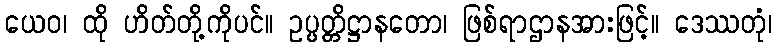
ယေဝ၊ ထို ဟိတ်တို့ကိုပင်။ ဥပ္ပတ္တိဋ္ဌာနတော၊ ဖြစ်ရာဌာနအားဖြင့်။ ဒေဿတုံ၊